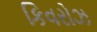
કિવરોઝ